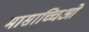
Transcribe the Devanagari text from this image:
मासाच्चिओ